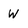
Character: W